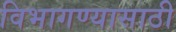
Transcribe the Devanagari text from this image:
विभागण्यासाठी